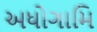
અધોગામિ